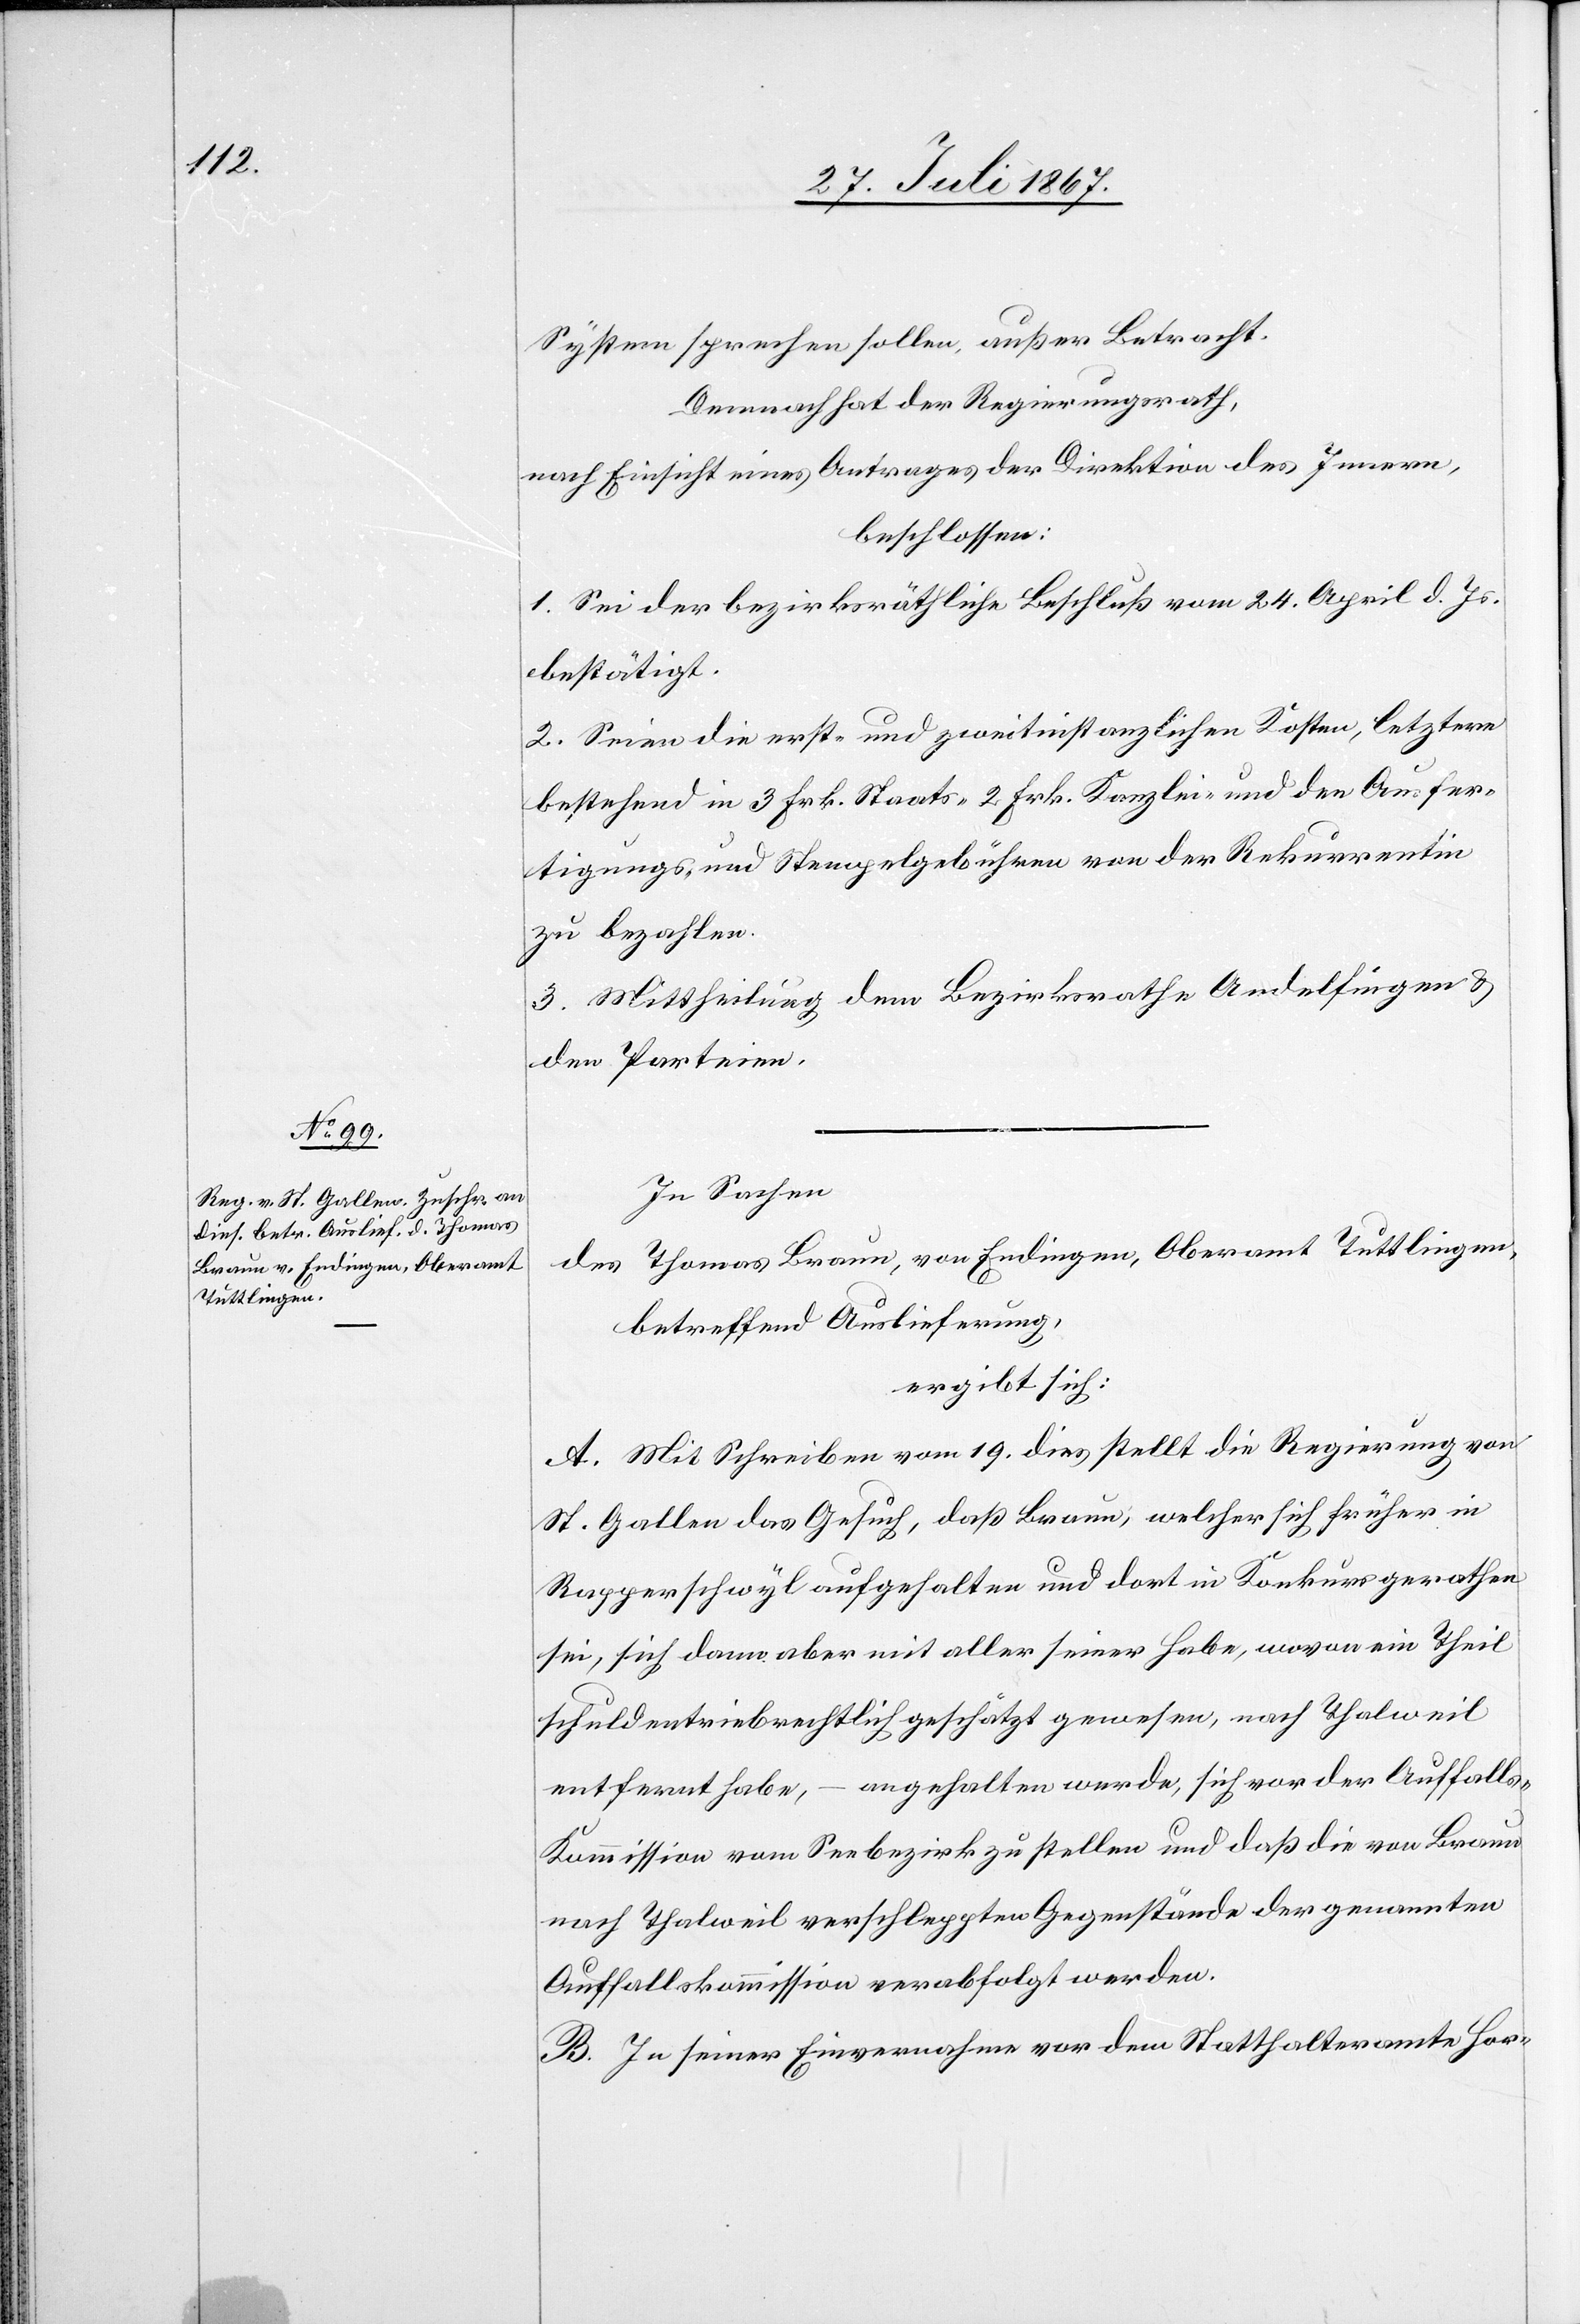
System sprechen sollen, außer Betracht.
Demnach hat der Regierungsrath,
nach Einsicht eines Antrages der Direktion des Innern,
beschlossen:
1. Sei der bezirksräthliche Beschluß vom 24. April d. Js.
bestätigt.
2. Seien die erst- und zweitinstanzlichen Kosten, letztere
bestehend in 3 Frk. Staats-[,] 2 Frk. Kanzlei- und den Ausfer¬
tigungs- und Stempelgebühren von der Rekurrentin
zu bezahlen.
3. Mittheilung dem Bezirksrathe Andelfingen u.
den Parteien.
In Sachen
des Thomas Braun, von Endingen, Oberamt Tuttlingen,
betreffend Auslieferung,
ergibt sich:
A. Mit Schreiben vom 19. dies stellt die Regierung von
St. Gallen das Gesuch, daß Braun, welcher sich früher in
Rapperschwyl aufgehalten und dort in Konkurs gerathen
sei, sich dann aber mit aller seiner Habe, wovon ein Theil
schuldentriebrechtlich geschätzt gewesen, nach Thalweil
entfernt habe, – angehalten werde, sich vor der Auffall¬
s-Kommission vom Seebezirk zu stellen und daß die von Braun
nach Thalweil verschleppten Gegenstände der genannten
Auffallskommission verabfolgt werden.
B. In seiner Einvernahme vor dem Statthalteramte Hor-